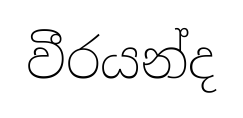
වීරයන්ද